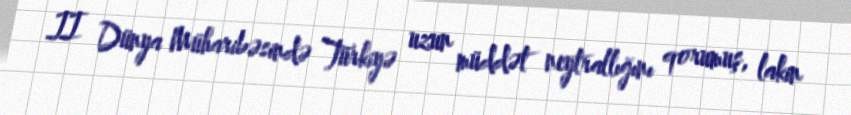
II Dünya Müharibəsində Türkiyə uzun müddət neytrallığını qorumuş, lakin